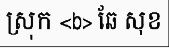
ស្រុក <b> ឆែ សុខ